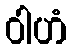
ဝါဟံ